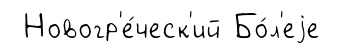
Новогр'е́ческ'ий Бо́л'еjе